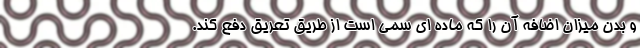
و بدن میزان اضافه آن را که ماده ای سمی است از طریق تعریق دفع کند.